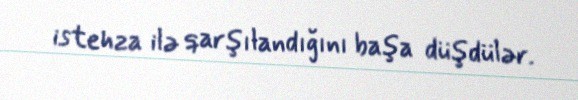
istehza ilə qarşılandığını başa düşdülər.